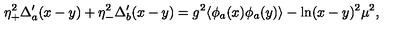
\eta _ { + } ^ { 2 } \Delta _ { a } ^ { \prime } ( x - y ) + \eta _ { - } ^ { 2 } \Delta _ { b } ^ { \prime } ( x - y ) = g ^ { 2 } \langle \phi _ { a } ( x ) \phi _ { a } ( y ) \rangle - \ln ( x - y ) ^ { 2 } \mu ^ { 2 } ,